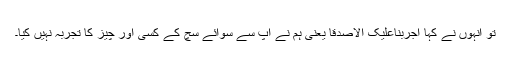
تو انہوں نے کہا َاجَرَّبْنَاعَلَیْکَ اَلاَّصِدْقًا یعنی ہم نے آپ سے سوائے سچ کے کسی اور چیز کا تجربہ نہیں کیا۔